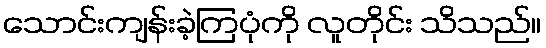
သောင်းကျန်းခဲ့ကြပုံကို လူတိုင်း သိသည်။